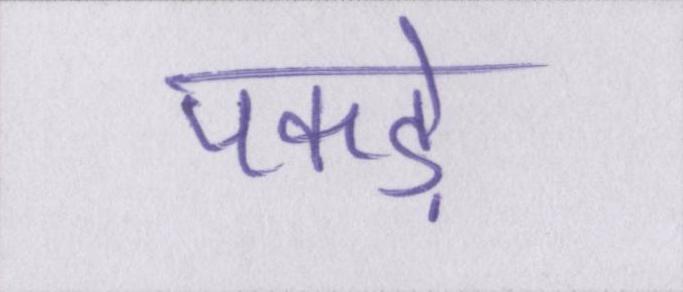
पकड़े